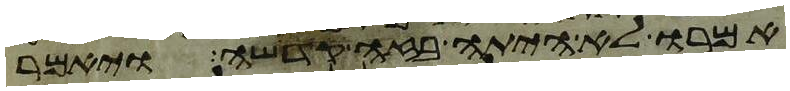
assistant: אמרו לא היתה בזה קדשה ויאמר